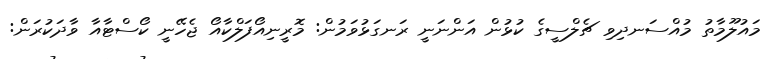
މައުލޫމާތު މުއްސަނދިވި ޗެލްސީގެ ކުޅުން އަންނަނީ ރަނގަޅުވަމުން: މޮރީނިއޯފަލްކާއޯ ޖެހޭނީ ކޯސްޓާއާ ވާދަކުރަން: